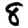
Digit: 8